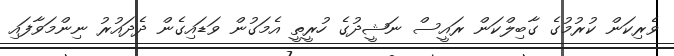
ވެރިކަން ކުރުމުގެ ގާބިލްކަން ރައީސް ނަޝީދުގެ ހުރީތީ އެމަގުން ވަޑައިގެން ދެދައުރު ނިންމަވާފައި